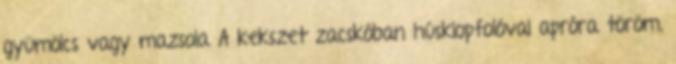
gyümölcs vagy mazsola A kekszet zacskóban húsklopfolóval apróra töröm,